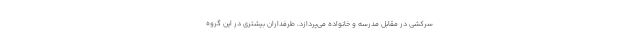
سرکشی در مقابل مدرسه و خانواده می‌پردازد، طرفداران بیشتری در این گروه